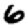
Digit: 6